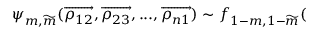
\psi _ { m , \widetilde { m } } ( \overrightarrow { \rho _ { 1 2 } } , \overrightarrow { \rho _ { 2 3 } } , . . . , \overrightarrow { \rho _ { n 1 } } ) \sim f _ { 1 - m , 1 - \widetilde { m } } (